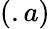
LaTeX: (.a)